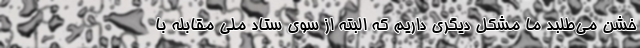
خشن می‌طلبد ما مشکل دیگری داریم که البته از سوی ستاد ملی مقابله با